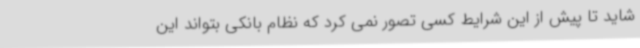
شاید تا پیش از این شرایط کسی تصور نمی کرد که نظام بانکی بتواند این